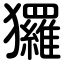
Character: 玀